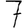
Digit: 7